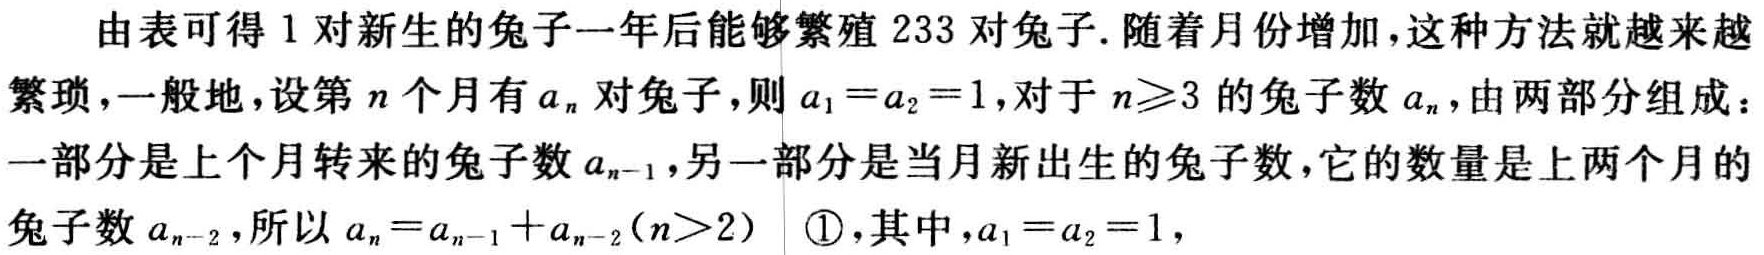
由表可得 1 对新生的兔子一年后能够繁殖 233 对兔子. 随着月份增加，这种方法就越来越繁琐，一般地，设第\(n\)个月有\(a_{n}\)对兔子，则\(a_{1}=a_{2}=1\)，对于\(n\geqslant3\)的兔子数\(a_{n}\)，由两部分组成：一部分是上个月转来的兔子数\(a_{n - 1}\)，另一部分是当月新出生的兔子数，它的数量是上两个月的兔子数\(a_{n - 2}\)，所以\(a_{n}=a_{n - 1}+a_{n - 2}(n>2)\) \textcircled{1}，其中，\(a_{1}=a_{2}=1\)，